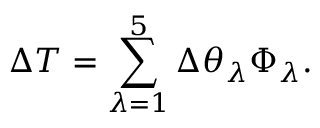
\Delta T = \sum _ { \lambda = 1 } ^ { 5 } \Delta \theta _ { \lambda } \Phi _ { \lambda } .